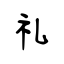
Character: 礼